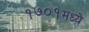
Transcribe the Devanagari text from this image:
१७०१मध्ये